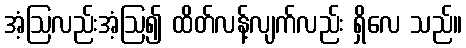
အံ့ဩလည်းအံ့ဩ၍ ထိတ်လန့်လျက်လည်း ရှိလေ သည်။